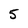
Character: 5